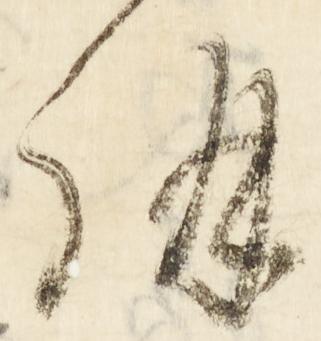
講